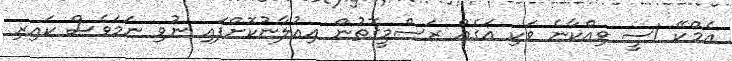
އެމްކޭ 1ސީ ވިއްކާނެ ވަކި އަގެއް ރަސްމީގޮތުން އިއުލާނުކޮށްފައި ނުވި ނަމަވެސް ކައިރި